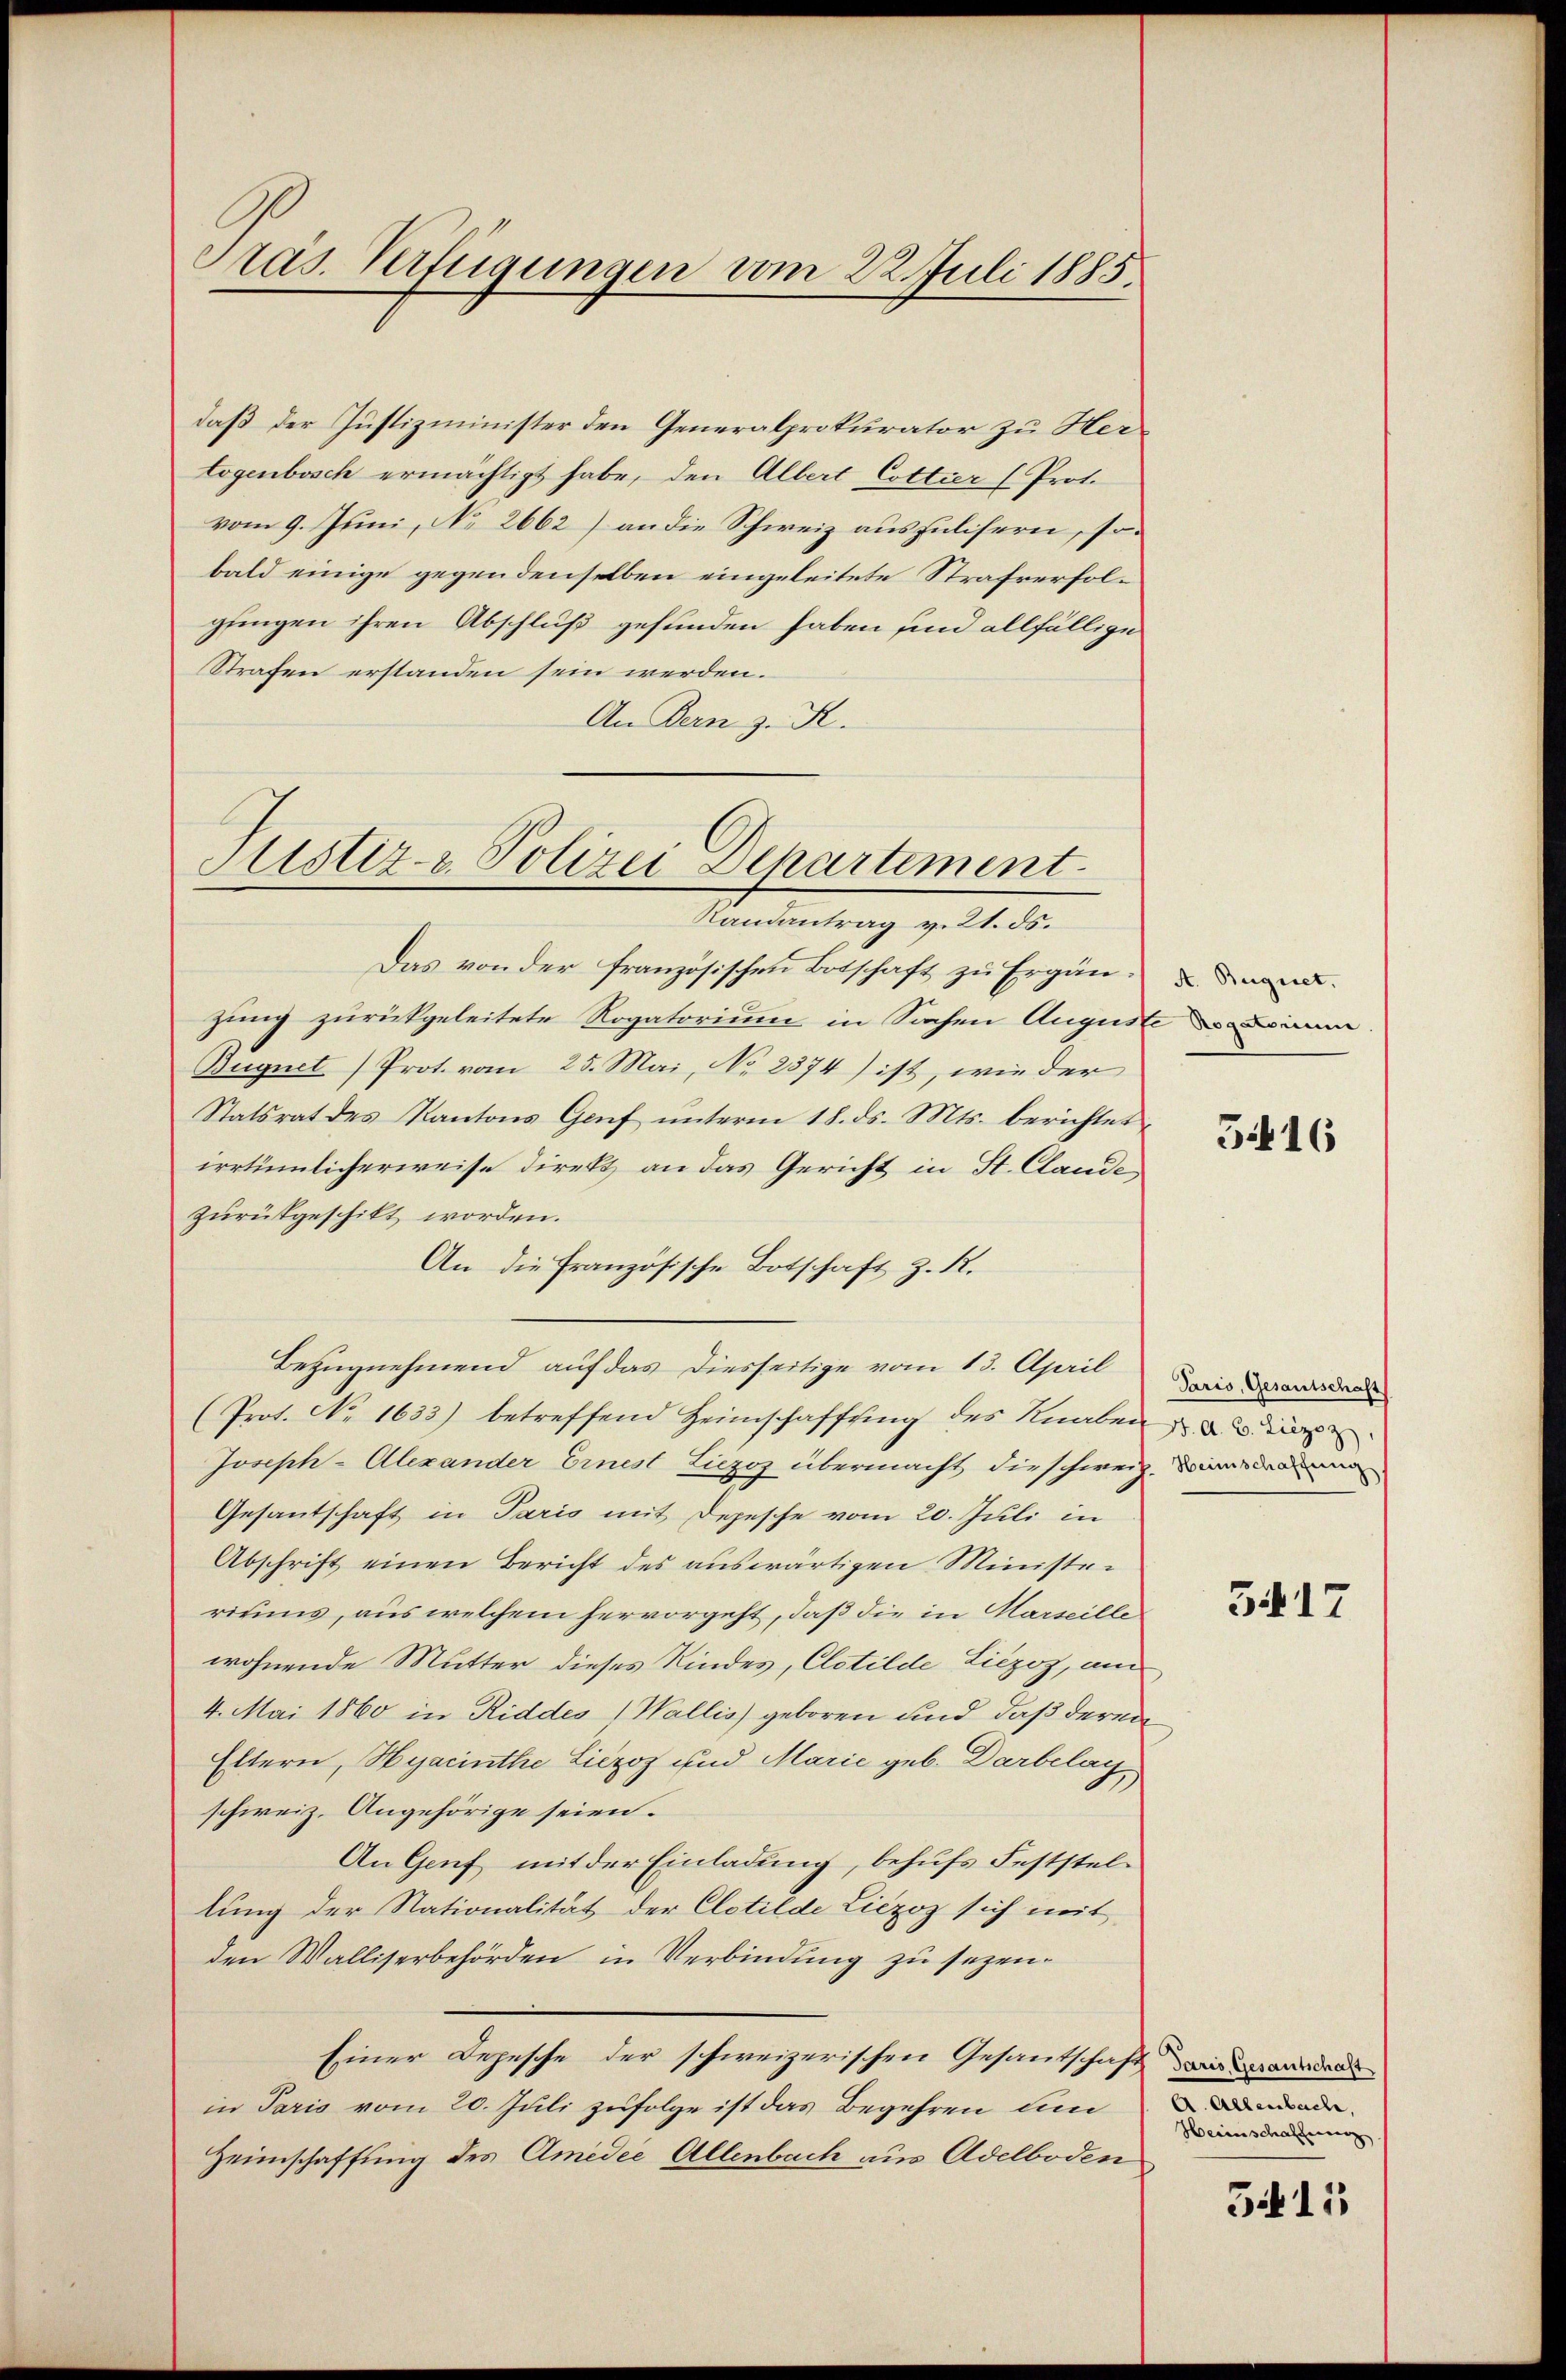
Präs. Verfügungen vom 22. Juli 1885.

daß der Justizminister den Generalprokurator zu Herlogenbosch ermächtigt habe, den Albert Cottier (Prot.
vom 9. Juni, No 2662) an die Schweiz auszulisern, sobald einige gegendenselben eingeleitete Strafverfolgungen ihren Abschluß gefunden haben sind allfällige
Strafen erstanden sein werden.
An Bern z. R.

Sistiz- & Polizei Departement
Randantrag v. 21. ds.

Das von der französischen Botschaft zu Ergänzung zurückgeleitete Rogatorium in Sachen August einen
Bugnet) Prot. vom 25. Mai, No 2374) ist, wie der
Statsrat des Kantons Genf ŭnterm 18. ds. Mts. berichtet
irrtümlicherweise direkt an das Gericht in St. Claude
zŭrükgeschikt worden.
An die Französische Botschaft z. R.
Bezugnehmend auf das diesseitige vom 13. April Jais orde
(Prot. No. 1633) betreffend Heimschaffung des Knaben de
Joseph-Alexander Ernest Liezoz übermacht die schweiz. Dann der denen
Gesantschaft in Paris mit Depesche vom 20. Juli in
Abschrift einen Bericht des auswärtigen Ministeritums, aus welchem hervorgeht, daß die in Marseille
wohnende Mutter dieses Kindes, Clotilde Liezoz, am
4. Mai 1860 in Riddes Wallis) geboren und daß deren¬
Eltern, Hyacinthe Liezoz und Marie geb. Darbelag
schweiz. Angehörige seien.
An Genf mit der Einladung, behufs Feststellung der Nationalität der Clotilde Liezoz sich mit
den Walliserbehörden in Verbindung zu sezen.
Einer Depesche der schweizerischen Gesantschaft wir anden
in Paris vom 20. Juli zufolge ist das Begehren und
Heimschaffung des Amedie Allenbach aus Adelboden

A. Bugnet.

3416

3417

Allenbache,
Heimschaffung

511